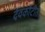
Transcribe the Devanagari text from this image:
देवकोटीत